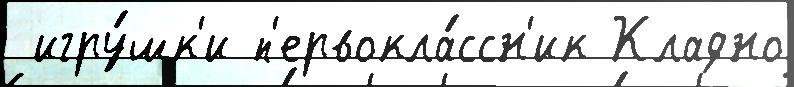
 игру́шк'и п'ервокла́ссн'ик Кладно